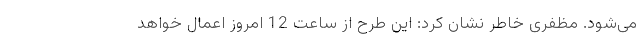
می‌شود. مظفری خاطر نشان کرد: این طرح از ساعت 12 امروز اعمال خواهد